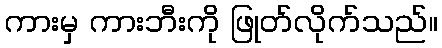
ကားမှ ကားဘီးကို ဖြုတ်လိုက်သည်။